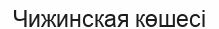
Чижинская көшесі